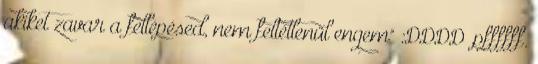
akiket zavar a fellépésed, nem feltétlenül engem" :DDDD .pffffff.